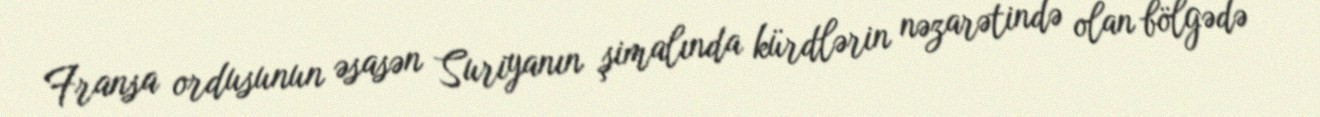
Fransa ordusunun əsasən Suriyanın şimalında kürdlərin nəzarətində olan bölgədə